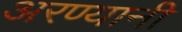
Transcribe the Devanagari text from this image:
अरण्यानी